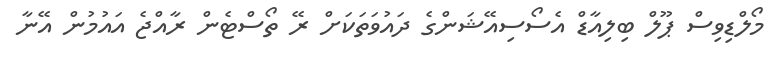
މޯލްޑިވިސް ޕޫލް ބިލިއާޑް އެސޯސިއޭޝަންގެ ދައުވަތަކަށް ރޭ ތޯސްޓެން ރާއްޖެ އައުމުން އޭނާ